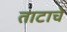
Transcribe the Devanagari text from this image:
ताटाचे